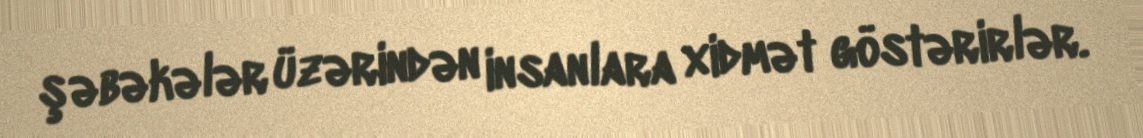
şəbəkələr üzərindən insanlara xidmət göstərirlər.